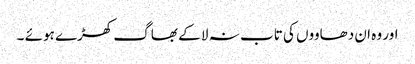
اور وہ ان دھاووں کی تاب نہ لا کے بھاگ کھڑے ہوئے ۔